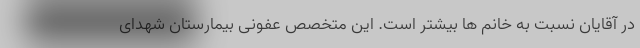
در آقایان نسبت به خانم ها بیشتر است. این متخصص عفونی بیمارستان شهدای